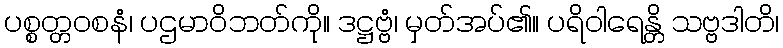
ပစ္စတ္တဝစနံ၊ ပဌမာဝိဘတ်ကို။ ဒဋ္ဌဗ္ဗံ၊ မှတ်အပ်၏။ ပရိဝါရေန္တိ သဗ္ဗဒါတိ၊